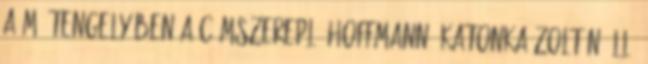
A mű tengelyében a címszereplő Hoffmann, Katonka Zoltán áll.